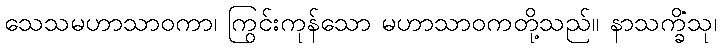
သေသမဟာသာဝကာ၊ ကြွင်းကုန်သော မဟာသာဝကတို့သည်။ နာသက္ခိံသု၊